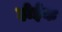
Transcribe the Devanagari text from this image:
होईक